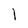
Character: l